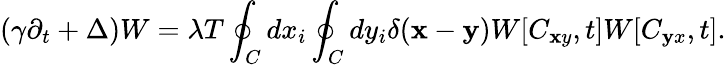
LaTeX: \left(\gamma\partial_{t}+\Delta\right)W=\lambda T\oint_{C}^{}dx_{i}\oint_{C}^{}dy_{i}\delta({\mathbf x}-{\mathbf y})W[C_{\mathbf xy},t]W[C_{\mathbf yx},t].